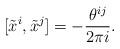
LaTeX: \begin{align*}[\tilde x^i,\tilde x^j]=-\frac{\theta^{ij}}{2\pi i}.\end{align*}